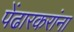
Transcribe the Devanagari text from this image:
पेंढारकरांना